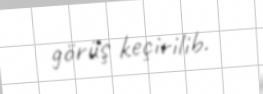
görüş keçirilib.